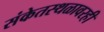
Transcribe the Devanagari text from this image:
संकेतस्थळावरही